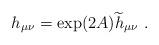
LaTeX: \begin{align*}h_{\mu\nu}=\exp(2A) {\widetilde h}_{\mu\nu}~.\end{align*}